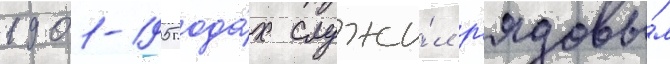
1901-1905 года́х служи́л р'ядовы́м